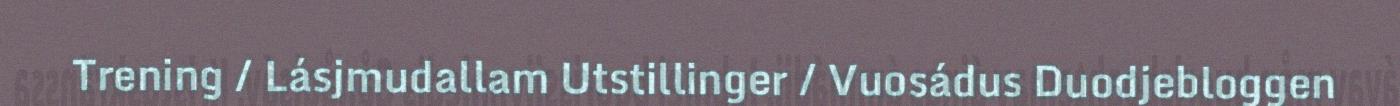
Trening / Lásjmudallam Utstillinger / Vuosádus Duodjebloggen